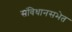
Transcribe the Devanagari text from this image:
संविधानसभेत